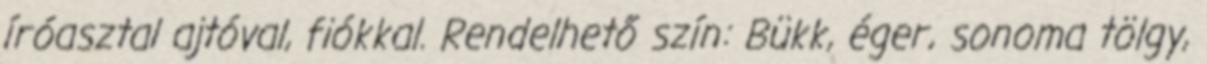
íróasztal ajtóval, fiókkal. Rendelhető szín: Bükk, éger, sonoma tölgy,